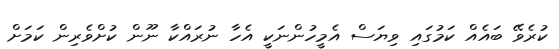
ކުރެވޭ ބައެއް ކަމުގައި ވިޔަސް އެމީހުންނަކީ އެހާ ނުރައްކާ ނޫން ކުށްވެރިން ކަމަށް